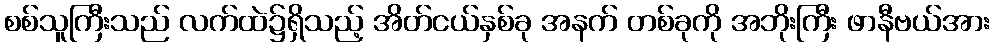
စစ်သူကြီးသည် လက်ထဲ၌ရှိသည့် အိတ်ငယ်နှစ်ခု အနက် တစ်ခုကို အဘိုးကြီး ဖာနီဗယ်အား